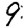
Digit: 9